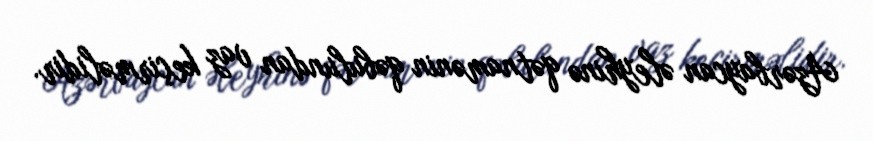
Azərbaycan əleyhinə qətnamənin qəbulundan vaz keçirməlidir.